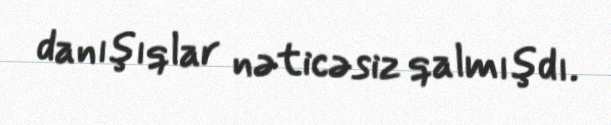
danışıqlar nəticəsiz qalmışdı.